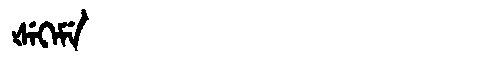
Manchu: ᡧᡝᡴᡝᠮᡝ
Romanization: ŠEKEME